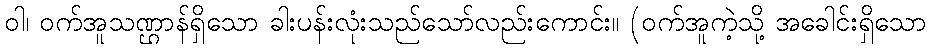
ဝါ၊ ဝက်အူသဏ္ဌာန်ရှိသော ခါးပန်းလုံးသည်သော်လည်းကောင်း။ (ဝက်အူကဲ့သို့ အခေါင်းရှိသော